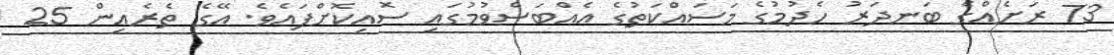
73 ރަށެއްގެ ބަނދަރު ހެދުމުގެ މަސައްކަތުގެ އެއްބަސްވުމުގައި ސޮއިކޮށްފައެވެ. އޭގެ ތެރެއިން 25